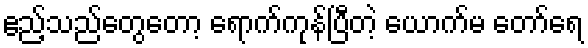
ဧည့်သည်တွေတော့ ရောက်ကုန်ပြီတဲ့ ယောက်မ တော်ရေ